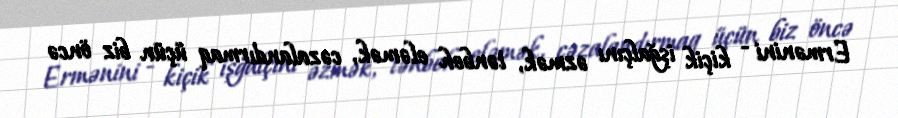
Ermənini - kiçik işğalçını əzmək, tənbeh eləmək, cəzalandırmaq üçün biz öncə